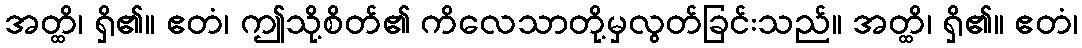
အတ္ထိ၊ ရှိ၏။ ဧတံ၊ ဤသို့စိတ်၏ ကိလေသာတို့မှလွတ်ခြင်းသည်။ အတ္ထိ၊ ရှိ၏။ ဧတံ၊